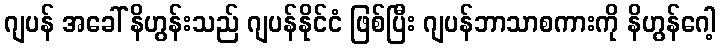
ဂျပန် အခေါ် နိဟွန်းသည် ဂျပန်နိုင်ငံ ဖြစ်ပြီး ဂျပန်ဘာသာစကားကို နိဟွန်ဂေါ့